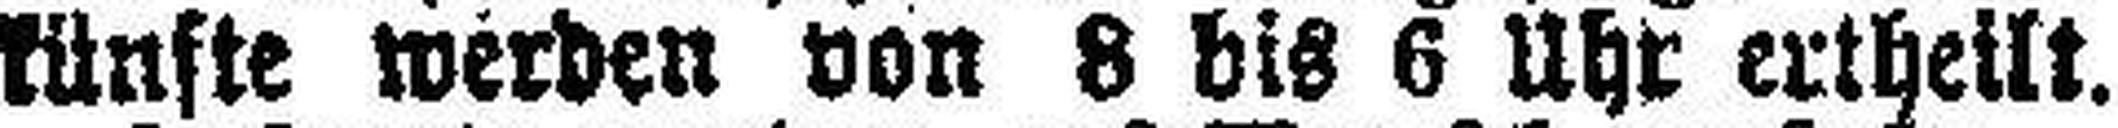
künfte werden von 8 bis 6 Uhr ertheilt.